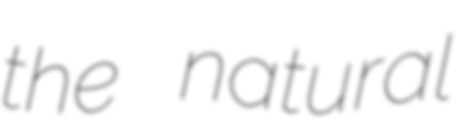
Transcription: the natural